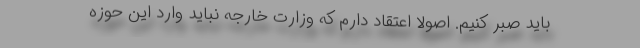
باید صبر کنیم. اصولا اعتقاد دارم که وزارت خارجه نباید وارد این حوزه